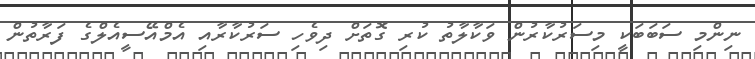
ނިންމި ސަބަބަކީ މިސަރުކާރުން ވަކާލާތު ކުރި ގޮތަށް ދިވެހި ސަރުކާރާއި އެމްއޭސީއެލްގެ ފަރާތުން